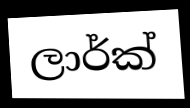
ලාර්ක්